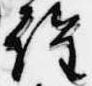
詮